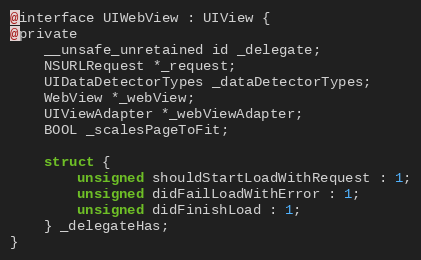
Language: C
@interface UIWebView : UIView {
@private
    __unsafe_unretained id _delegate;
    NSURLRequest *_request;
    UIDataDetectorTypes _dataDetectorTypes;
    WebView *_webView;
    UIViewAdapter *_webViewAdapter;
    BOOL _scalesPageToFit;

    struct {
        unsigned shouldStartLoadWithRequest : 1;
        unsigned didFailLoadWithError : 1;
        unsigned didFinishLoad : 1;
    } _delegateHas;
}